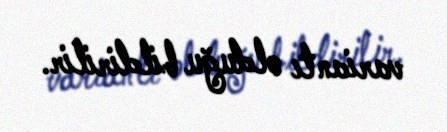
variantı olduğu bildirilir.